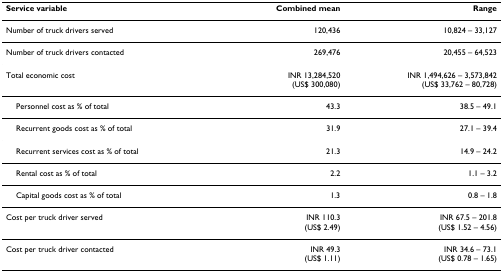
<table><thead><tr><td><b>Service variable</b></td><td><b>Combined mean</b></td><td><b>Range</b></td></tr></thead><tbody><tr><td>Number of truck drivers served</td><td>120,436</td><td>10,824 – 33,127</td></tr><tr><td>Number of truck drivers contacted</td><td>269,476</td><td>20,455 – 64,523</td></tr><tr><td>Total economic cost</td><td>INR 13,284,520(US$ 300,080)</td><td>INR 1,494,626 – 3,573,842(US$ 33,762 – 80,728)</td></tr><tr><td> Personnel cost as % of total</td><td>43.3</td><td>38.5 – 49.1</td></tr><tr><td> Recurrent goods cost as % of total</td><td>31.9</td><td>27.1 – 39.4</td></tr><tr><td> Recurrent services cost as % of total</td><td>21.3</td><td>14.9 – 24.2</td></tr><tr><td> Rental cost as % of total</td><td>2.2</td><td>1.1 – 3.2</td></tr><tr><td> Capital goods cost as % of total</td><td>1.3</td><td>0.8 – 1.8</td></tr><tr><td>Cost per truck driver served</td><td>INR 110.3(US$ 2.49)</td><td>INR 67.5 – 201.8(US$ 1.52 – 4.56)</td></tr><tr><td>Cost per truck driver contacted</td><td>INR 49.3(US$ 1.11)</td><td>INR 34.6 – 73.1(US$ 0.78 – 1.65)</td></tr></tbody></table>